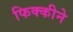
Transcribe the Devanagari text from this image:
फिक्कीने